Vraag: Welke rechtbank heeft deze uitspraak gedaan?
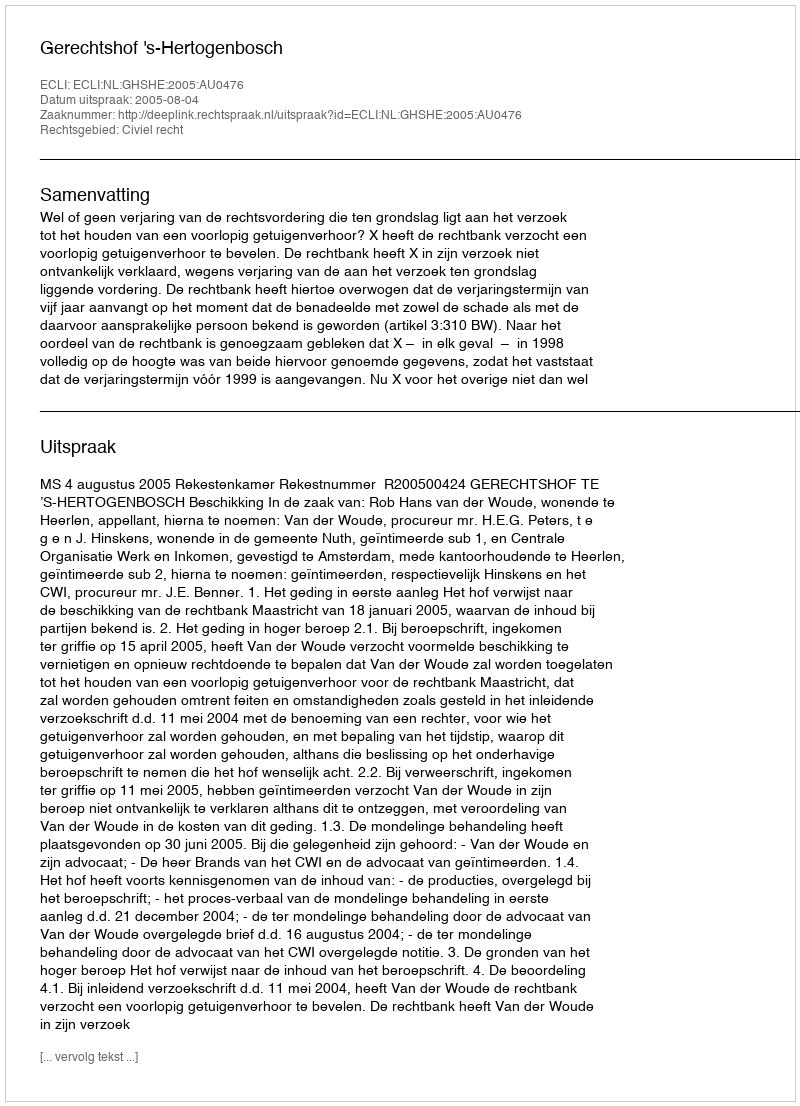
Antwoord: Gerechtshof 's-Hertogenbosch